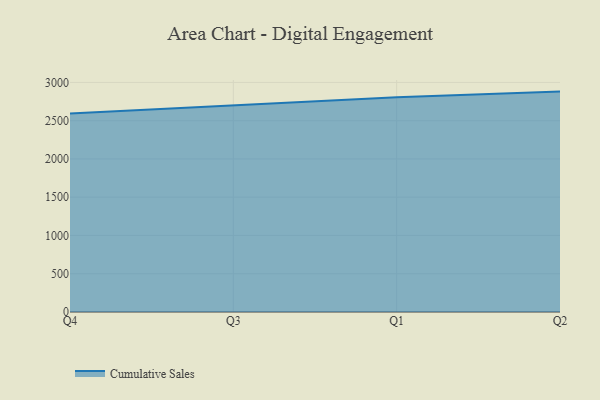
{"axis": {"x": "Quarter", "y": "Latency (ms)"}, "legend": ["Cumulative Sales"], "data": [{"x": "Q4", "y": 2592.5, "type": "Cumulative Sales"}, {"x": "Q3", "y": 2701.4, "type": "Cumulative Sales"}, {"x": "Q1", "y": 2805.6, "type": "Cumulative Sales"}, {"x": "Q2", "y": 2880.0, "type": "Cumulative Sales"}]}